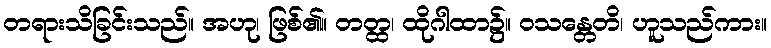
တရားသိခြင်းသည်။ အဟု၊ ဖြစ်၏။ တတ္ထ၊ ထိုဂါထာ၌။ ဝသန္တေတိ၊ ဟူသည်ကား။